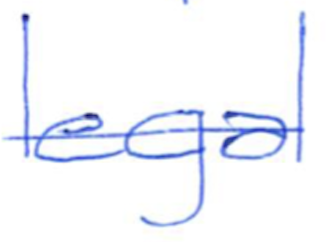
Text: legal
Cross-out: single-line
Writing tool: ballpoint